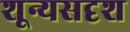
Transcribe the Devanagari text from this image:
शून्यसदृश